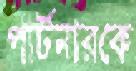
পার্টনারকে